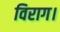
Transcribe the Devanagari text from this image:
विराग।